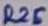
Text: R25